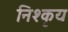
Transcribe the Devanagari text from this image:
निश्कृय